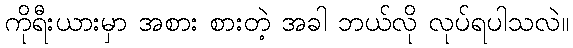
ကိုရီးယားမှာ အစား စားတဲ့ အခါ ဘယ်လို လုပ်ရပါသလဲ။